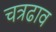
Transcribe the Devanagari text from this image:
चत्रढाव